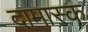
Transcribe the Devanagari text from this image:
दामास्क